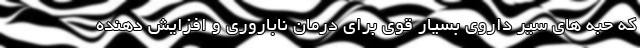
که حبه های سیر داروی بسیار قوی برای درمان ناباروری و افزایش دهنده